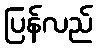
ပြန်လည်